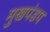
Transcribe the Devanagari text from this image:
मुखपंडप